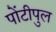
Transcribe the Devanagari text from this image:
पोंटीपुल